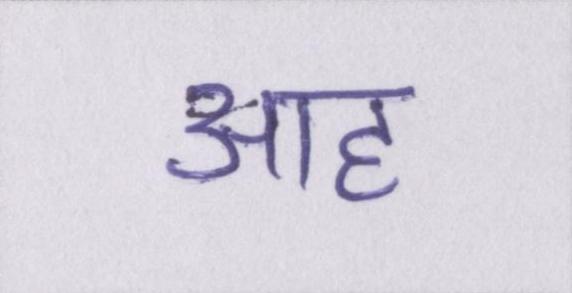
आह